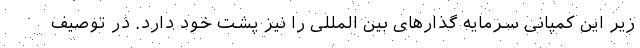
زیر این کمپانی سرمایه گذارهای بین المللی را نیز پشت خود دارد. در توصیف